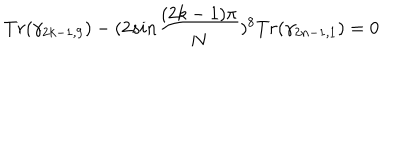
T r ( \gamma _ { 2 k - 1 , 9 } ) - ( 2 s i n { \frac { ( 2 k - 1 ) \pi } { N } } ) ^ { 8 } T r ( \gamma _ { 2 n - 1 , 1 } ) = 0